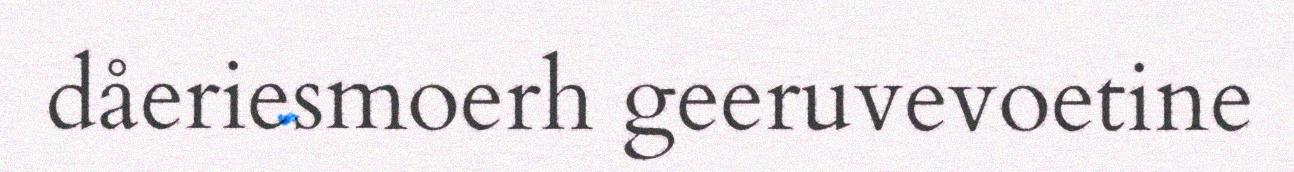
dåeriesmoerh geeruvevoetine